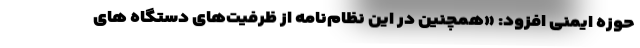
حوزه ایمنی افزود: «همچنین در این نظام‌نامه از ظرفیت‌های دستگاه های